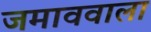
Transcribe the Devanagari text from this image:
जमाववाला